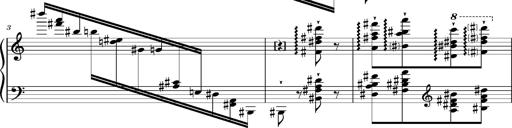
Title: Album-Leaf 'Paris'
Composer: Franz Liszt
Key: F-sharp major